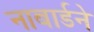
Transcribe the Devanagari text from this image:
नाबार्डने